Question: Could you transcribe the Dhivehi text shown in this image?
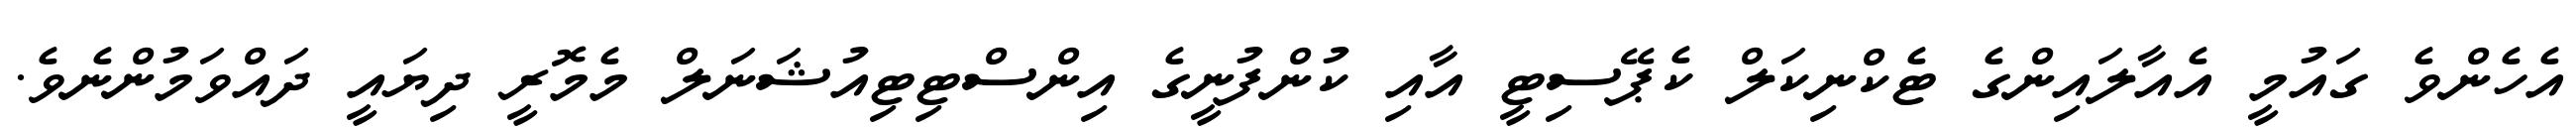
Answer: އެހެންވެ ގައުމީ އެއާލައިންގެ ޓެކްނިކަލް ކެޕޭސިޓީ އާއި ކުންފުނީގެ އިންސްޓިޓިއުޝަނަލް މެމޮރީ ދިޔައީ ދައްވަމުންނެވެ.